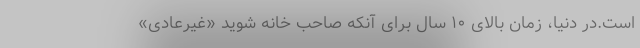
است.در دنیا، زمان بالای ۱۰ سال برای آنکه صاحب خانه شوید «غیرعادی»